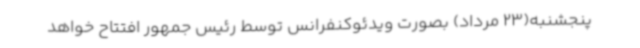
پنجشنبه(23 مرداد) بصورت ویدئوکنفرانس توسط رئیس جمهور افتتاح خواهد